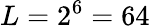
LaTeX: L=2^{6}=64